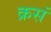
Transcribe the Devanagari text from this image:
क्रसं